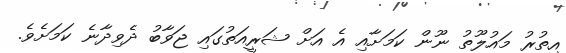
އިތުރު މައުލޫތު ނޫން ކަމަށާއި އެ އަށް ޝަރީއަތުގައި ޖަވާބު ދެވިދާނެ ކަމަށެވެ.